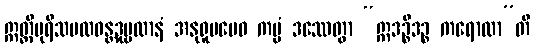
ဣတ္ထိပုရိသဗလဝန္တဒုဗ္ဗလာနံ အနုရူပမေဝ ကမ္မံ ဒဿေတွာ “ဣဒဉ္စိဒဉ္စ ကရောထာ”တိ